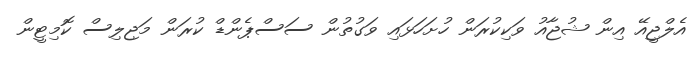
އެލްޖީއޭ އިން ޝުޖާއު ވަކިކުރަން ހުށަހަޅައި ވަގުތުން ސަސްޕެންޑް ކުރަން މަޖިލިސް ކޮމިޓީން